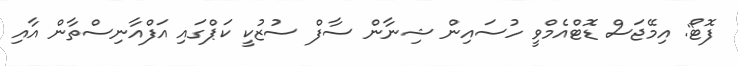
ފޮޓޯ: އިމޭޖަސް ޑޮޓްއެމްވީ ހުސައިން ޝިނާން ސާފް ސުޒުކީ ކަޕްގައި އަފްއާނިސްތާން އާއި